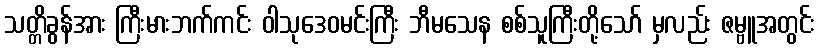
သတ္တိခွန်အား ကြီးမားဘက်ကင်း ဝါသုဒေဝမင်းကြီး ဘီမသေန စစ်သူကြီးတို့သော် မှလည်း ဇမ္ဗူအတွင်း